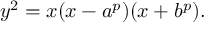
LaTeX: y ^ { 2 } = x ( x - a ^ { p } ) ( x + b ^ { p } ) .